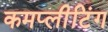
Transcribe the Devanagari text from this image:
कमप्लीटिंग